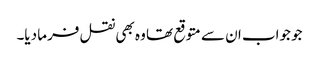
جو جواب ان سے متوقع تھا وہ بھی نقل فرما دیا۔